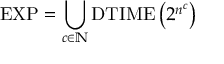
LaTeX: { \mathrm { E X P } } = \bigcup _ { c \in \mathbb { N } } { \mathrm { D T I M E } } \left( 2 ^ { n ^ { c } } \right)